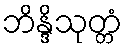
ဘိန္ဒိသုတ္တံ